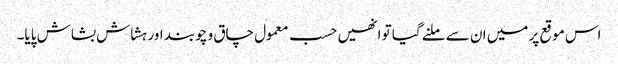
اس موقع پر میں ان سے ملنے گیا تو انھیں حسب معمول چاق و چوبند اور ہشاش بشاش پایا۔